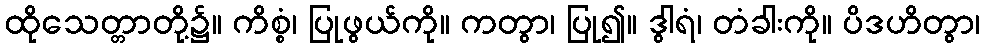
ထိုသေတ္တာတို့၌။ ကိစ္စံ၊ ပြုဖွယ်ကို။ ကတွာ၊ ပြု၍။ ဒွါရံ၊ တံခါးကို။ ပိဒဟိတွာ၊